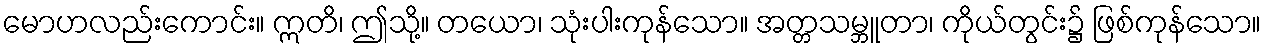
မောဟလည်းကောင်း။ ဣတိ၊ ဤသို့။ တယော၊ သုံးပါးကုန်သော။ အတ္တသမ္ဘူတာ၊ ကိုယ်တွင်း၌ ဖြစ်ကုန်သော။